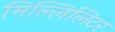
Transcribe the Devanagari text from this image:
मिल्लिलिटर